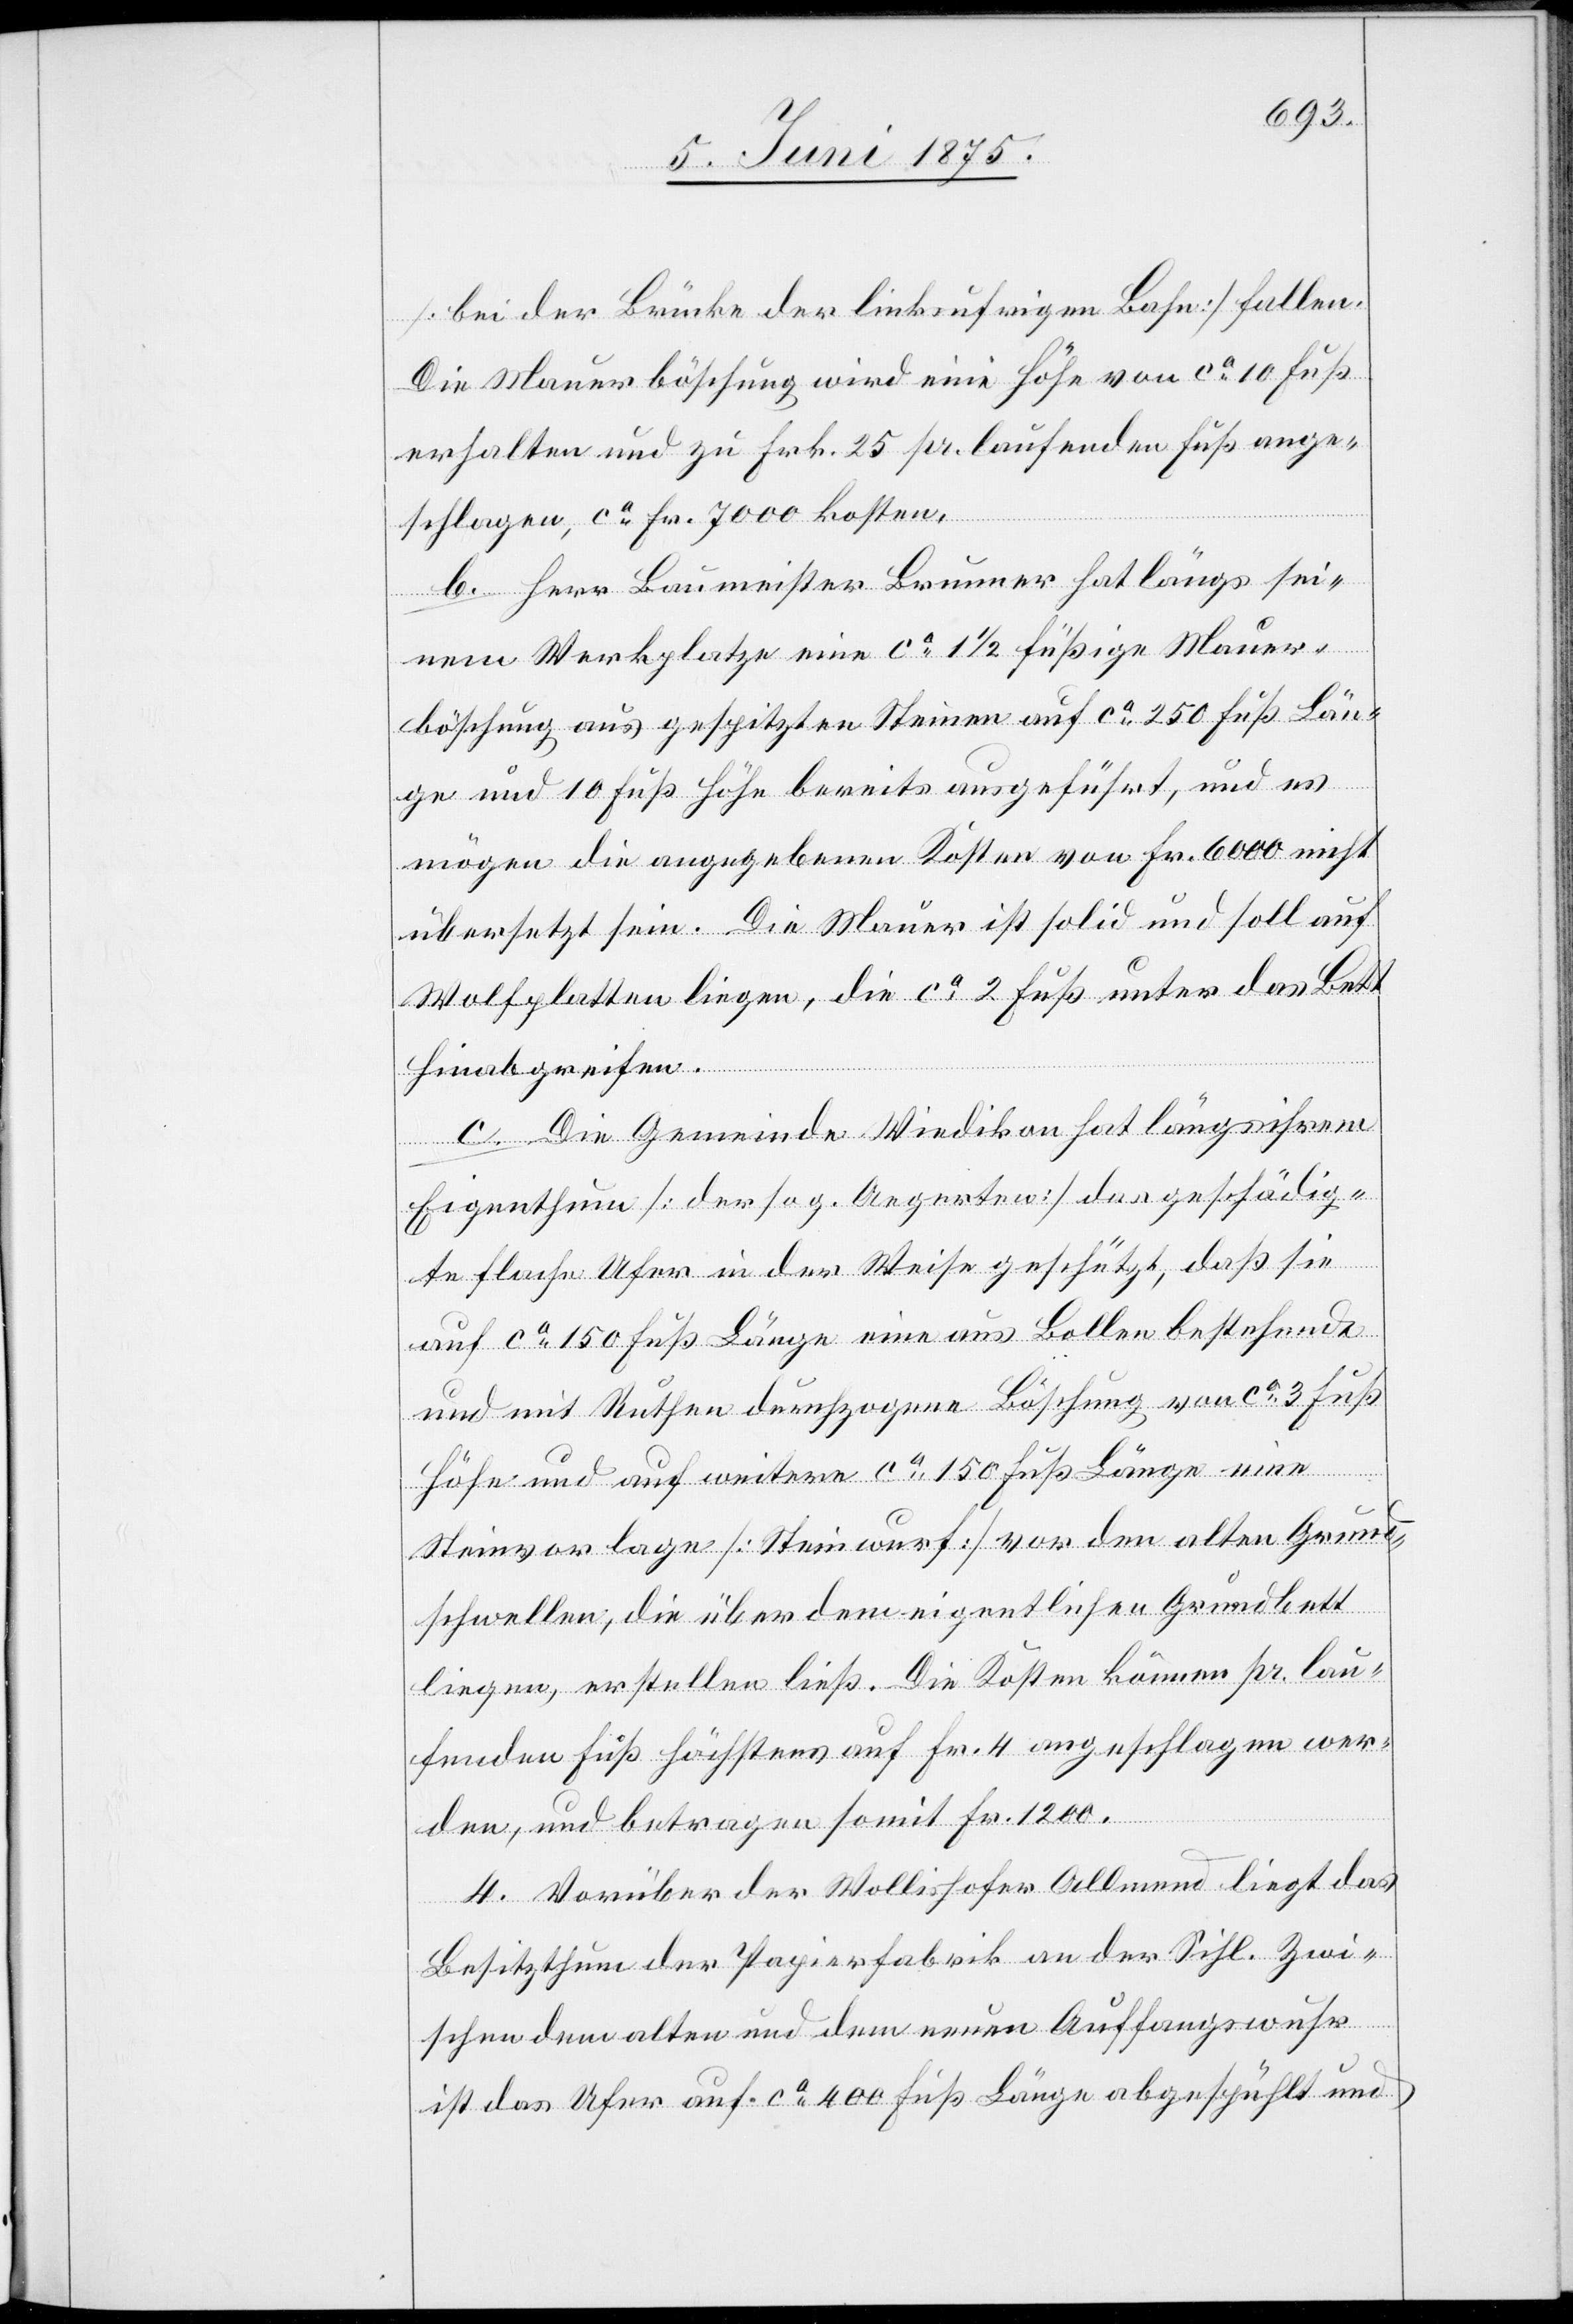
[bei der Brücke der linksufrigen Bahn] fallen.
Die Mauerböschung wird eine Höhe von ca 10 Fuß
erhalten und zu Frk. 25 pr. laufenden Fuß ange¬
schlagen, ca Fr. 7000 kosten.
b. Herr Baumeister Brunner hat längs sei¬
nem Werkplatze eine ca 1 1/2 füßige Mauer¬
böschung aus gespitzten Steinen auf ca 250 Fuß Län¬
ge und 10 Fuß Höhe bereits ausgeführt, und es
mögen die angegebenen Kosten von Fr. 6000 nicht
übersetzt sein. Die Mauer ist solid und soll auf
Wolfplatten liegen, die ca 2 Fuß unter das Bett
hinabgreifen.
c. Die Gemeinde Wiedikon hat längs ihrem
Eigenthum [der sog. Aegerten] das geschädig¬
te flache Ufer in der Weise geschützt, daß sie
auf ca 150 Fuß Länge eine aus Bollen bestehende
und mit Ruthen durchzogene Böschung von ca 3 Fuß
Höhe und auf weitere ca 150 Fuß Länge eine
Steinvorlage [Steinwurf] vor den alten Grund¬
schwellen, die über dem eigentlichen Grundbett
liegen, erstellen ließ. Die Kosten kommen pr. lau¬
fenden Fuß höchstens auf Fr. 4 angeschlagen wer¬
den, und betragen somit Fr. 1200.
d.] Vorüber der Wollishofer Allmend liegt das
Besitzthum der Papierfabrik an der Sihl. Zwi¬
schen dem alten und dem neuen Auffangswuhr
ist das Ufer auf ca 400 Fuß Länge abgespühlt und